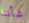
شأننا